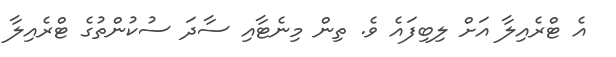
އެ ޓްރެއިލާ އަށް ލިބިފައެ ވެ. ތިން މިނެޓާއި ސާދަ ސުކުންތުގެ ޓްރެއިލާ